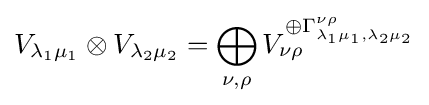
V_{\lambda _{1}\mu _{1}}\otimes V_{\lambda _{2}\mu _{2}}=\bigoplus _{\nu ,\rho }V_{\nu \rho }^{\oplus \Gamma _{\lambda _{1}\mu _{1},\lambda _{2}\mu _{2}}^{\nu \rho }}